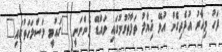
ފަހު މިހާރު އުފެދިގެން އުޅޭ ޚިޔާލު ތަފާތުވުމުގައި ވައްޑޭ ފެންނަނީ "ގައުމީ މަސްލަހަތުގައި"